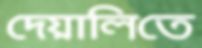
দেয়ালিতে